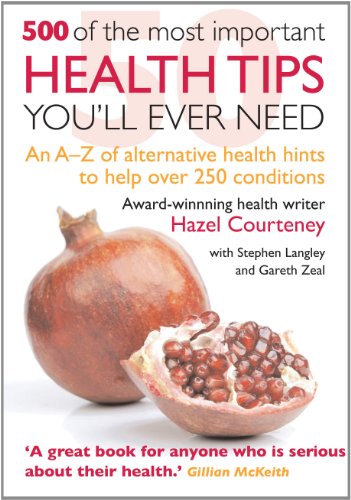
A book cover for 500 of the Most Important Health Tips You'll Ever Need: An A-z of Alternative Health Hints to Help over 250 Conditions; Hazel Courteney; Health, Fitness & Dieting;